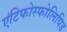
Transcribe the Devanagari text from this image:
एंटिफोस्फोलिपिड